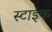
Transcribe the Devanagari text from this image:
स्टाइक